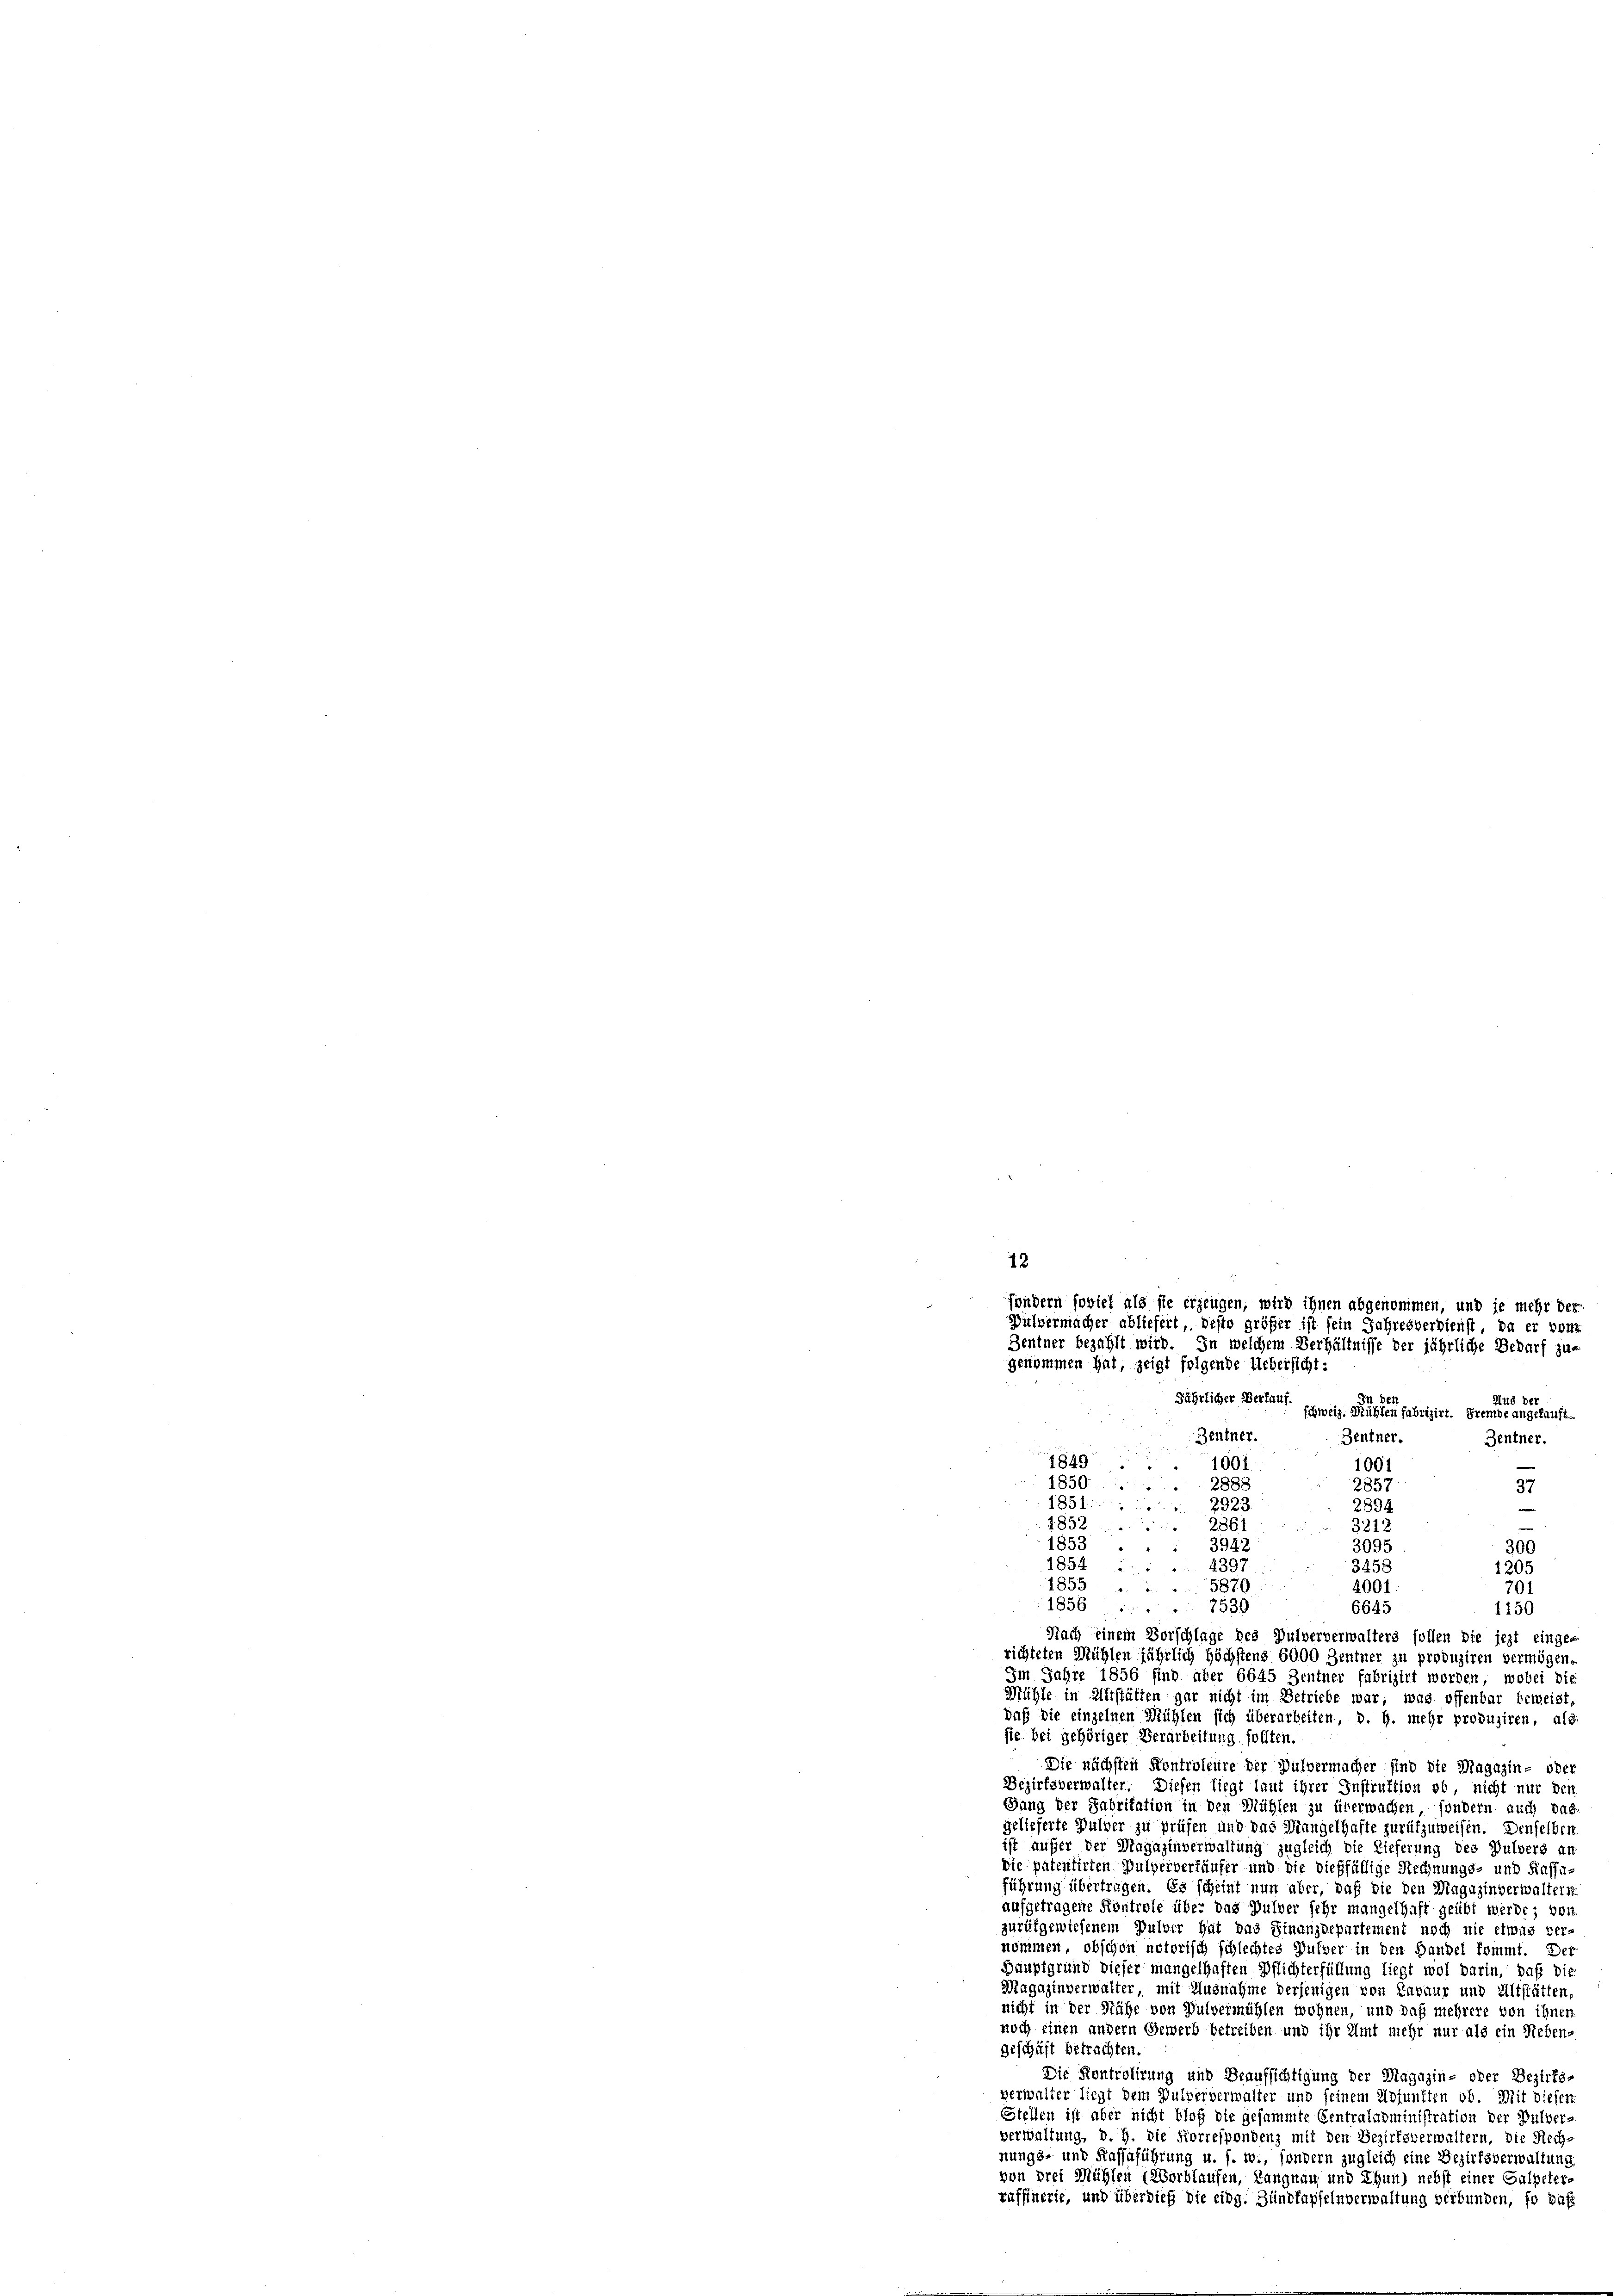
12
fondern soviel als sie erzeugen, wird ihnen abgenommen, und je mehr der
Pulvermacher abliefert, desto größer ist sein Jahresverbienst, da er von
Zentner bezahlt wird. In welchem Verhältnisse der jährliche Bedarf zu
genommen hat, zeigt folgende Uebersicht:
Jährlicher Verlauf.
Zentner.
1845
1001.
2888
1850
1851
2923.
185
2861
185
3942
185
439.
1855
5870
4001
1856
7539
6645

701
1150
Nach einem Vorschlage des Pulververwalters sollen die jezt einge-
richteten Mühlen fährlich höchstens 6000 Zentner zu produziren vermögen.
Im Jahre 1856 sind aber 6645 Zentner fabrizirt worden, wobei die
Mühle in Altstätten gar nicht im Betriebe war, was offenbar beweist,
daß die einzelnen Mühlen sich überarbeiten, d. h. mehr produziren, als
sie bei gehöriger Verarbeitung sollten.
Die nächsten Kontroleure der Dulvermacher sind die Magazin- oder
Bezirksverwalter. Diesen liegt laut ihrer Instruktion ob, nicht nur den
Sang der Fabrikation in den Mühlen zu überwachen, sondern auch das
gelieferte Pulver zu prüfen und das Mangelhafte zurükzuweisen. Denselber
ist aufer der Magazinverwaltung zugleich die Lieferung des Pulvers an
Die patentirten Pulververläufer und die dießfällige Rechnungs- und Kassa-
führung übertragen. Es scheint nun aber, daß die den Magazinverwaltern
aufgetragene Kontrole über das Pulver sehr mangelhaft geübt werde; von
zurükgewiesenem Pulver hat das Finanzdepartement noch nie etwas ver-
nommen, obschon notorisch schlechtes Pulver in den Handel kommt. Der
Häuptgrund dieser mangelhaften Pflichterfüllung liegt wol darin, haft die
Magazinverwalter, mit Ausnahme derjenigen von Lavaur und Altstätten,
nicht in der Nähe von Pulvermühlen wohnen, und daß mehrere von ihnen
noch einen andern Gewerb betreiben und ihr Amt mehr nur als ein Nebena
geschäft betrachten.
Die Kontrolirung und Beaufsichtigung der Magazin- oder Bezirks-
verwalter liegt dem Pulververwalter und seinem Adjunkten ob. Mit dieser
Stellen ist aber nicht bloß die gesammte Centraladministration der Pulver-
verwaltung, d. h. die Korrespondenz mit den Bezirksverwaltern, die Rech-
nungs- und Kassaführung u. s. w., sondern zugleich eine Bezirksverwaltung
von drei Mühlen (Worblaufen, Langnau und Thun) nebst einer Galpeter
raffinerie, und überdieß die eidg. Zündfapselnverwaltung verbunden, fo daß

Hus de
schweiz. Mühlen fabrizirt. Fremde angekauft¬
Zentner.
Zentner.
1001
2857
37
2894
3212
300
3095
3458
1205